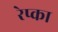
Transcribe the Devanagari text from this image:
रेप्का